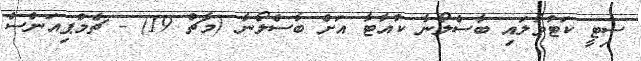
ސިޓީ ކަޓުވާލައި ބާސެލޯނާ ކުއާޓާ އަށް ބާސެލޯނާ (މާޗް 19) - ޗެމްޕިއަންސް